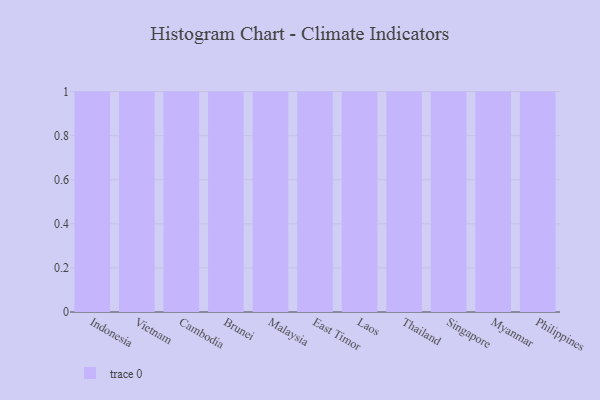
{"axis": {"x": "Country", "y": "Temperature (°C)"}, "legend": [""], "data": [{"x": "Indonesia", "y": 70, "type": ""}, {"x": "Vietnam", "y": 24, "type": ""}, {"x": "Cambodia", "y": 89, "type": ""}, {"x": "Brunei", "y": 100, "type": ""}, {"x": "Malaysia", "y": 77, "type": ""}, {"x": "East Timor", "y": 58, "type": ""}, {"x": "Laos", "y": 86, "type": ""}, {"x": "Thailand", "y": 84, "type": ""}, {"x": "Singapore", "y": 41, "type": ""}, {"x": "Myanmar", "y": 92, "type": ""}, {"x": "Philippines", "y": 3, "type": ""}]}